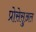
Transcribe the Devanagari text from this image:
प्रोसेसुअल